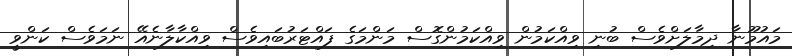
މައުމޫނާ ދިމާލަށްވެސް ބުނި ވިއްކަމުން ވިއްކަމުންގޮސް މަންމަގެ ފައްޓަރުބައިވެސް ވިއްކާލާނެއޭ ނަމަވެސް ކަންވީ